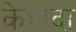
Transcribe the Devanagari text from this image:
केशदा